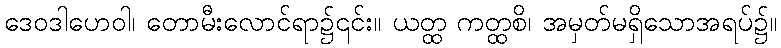
ဒေဝဒါဟေဝါ၊ တောမီးလောင်ရာ၌၎င်း။ ယတ္ထ ကတ္ထစိ၊ အမှတ်မရှိသောအရပ်၌။